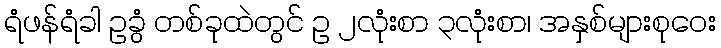
ရံဖန်ရံခါ ဥခွံ တစ်ခုထဲတွင် ဥ ၂လုံးစာ ၃လုံးစာ၊ အနှစ်များစုဝေး